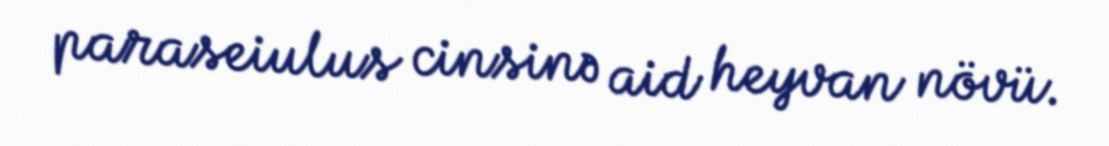
paraseiulus cinsinə aid heyvan növü.